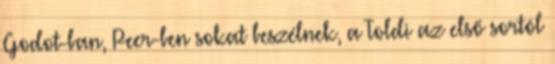
Godot-ban, Peer-ben sokat beszélnek, a Toldi az első sortól